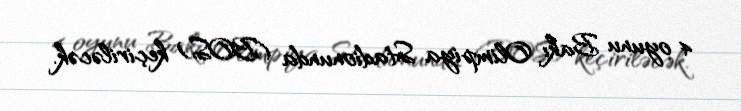
4 oyunu Bakı Olimpiya Stadionunda (BOS) keçiriləcək.